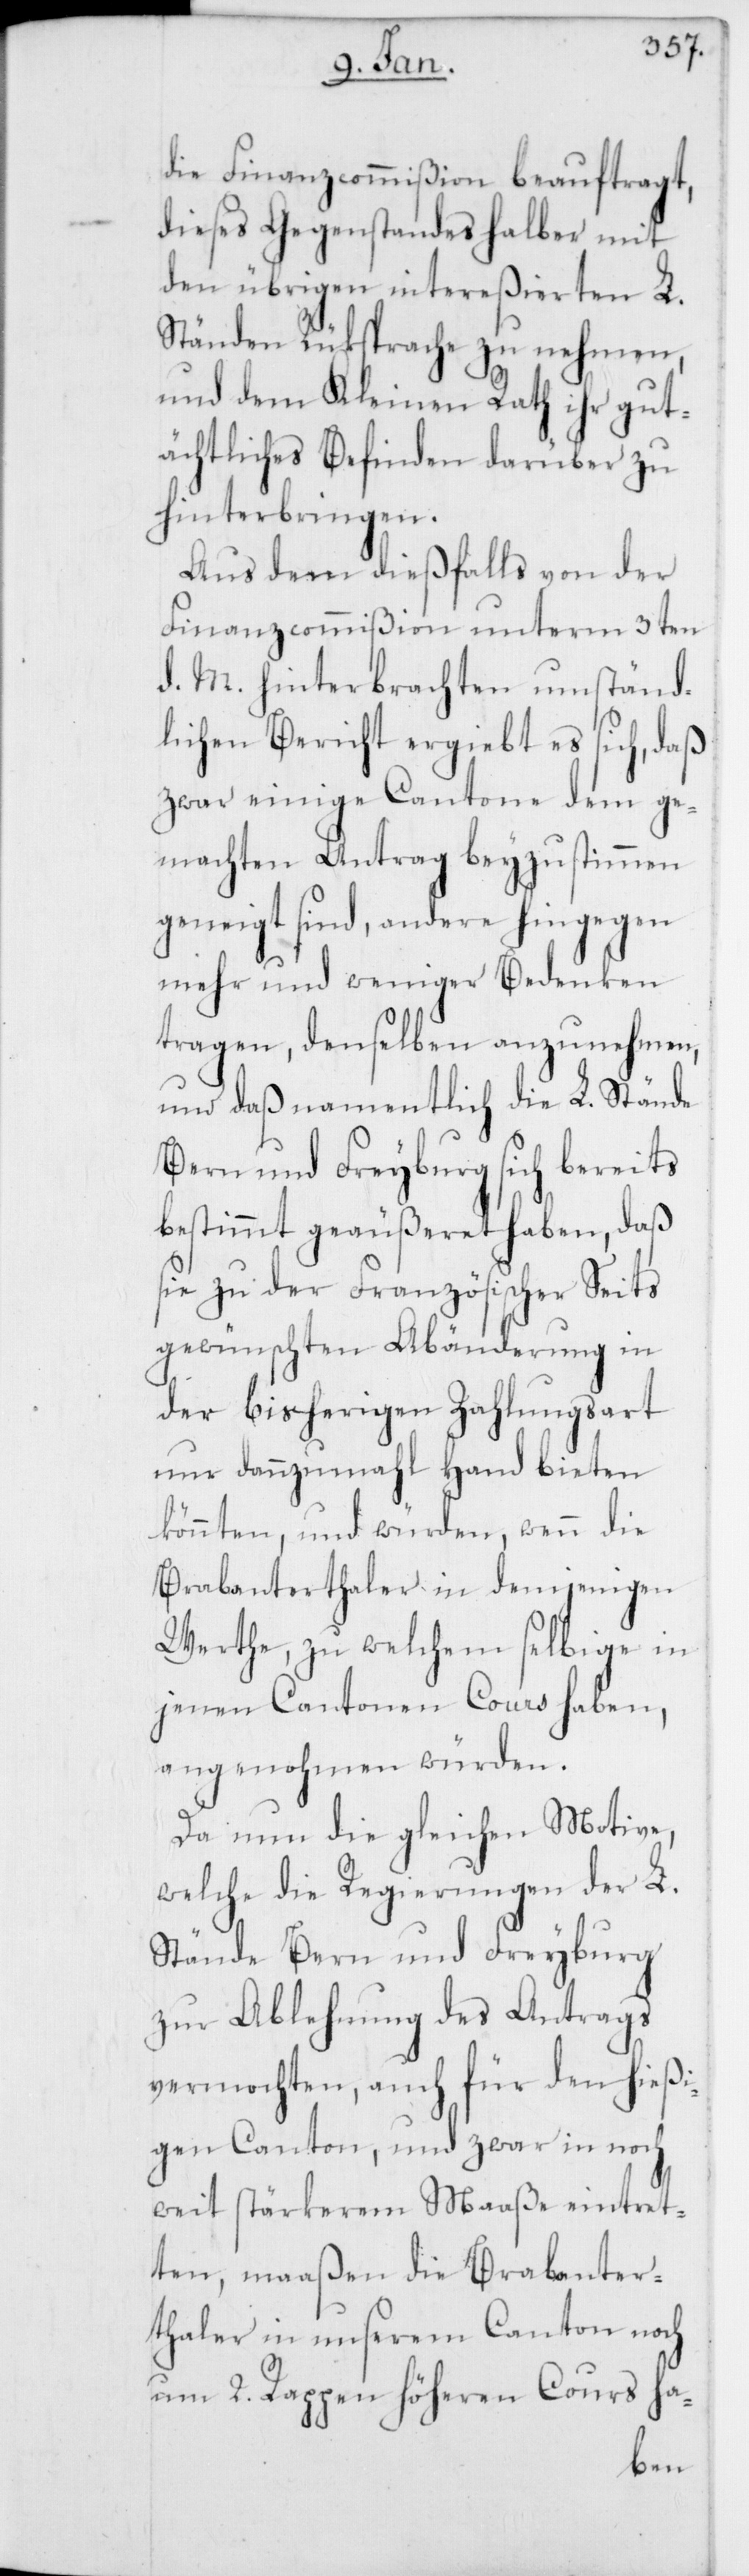
die Finanzcommißion beauftragt,
dieses Gegenstandes halber mit
den übrigen intereßierten L.
Ständen Rüksprache zu nehmen,
und dem Kleinen Rath ihr gut¬
ächtliches Befinden darüber zu
hinterbringen.
Aus dem dießfalls von der
Finanzcommißion unterm 3ten
d. M. hinterbrachten umständ¬
lichen Bericht ergiebt es sich, daß
zwar einige Cantone dem ge¬
machten Antrag beyzustimmen
geneigt sind, andere hingegen
mehr und weniger Bedenken
tragen, denselben anzunehmen,
und daß namentlich die L. Stände
Bern und Freyburg sich bereits
bestimmt geäußeret haben, daß
sie zu der Französischer Seits
gewünschten Abänderung in
der bisherigen Zahlungsart
nur dannzumahl Hand bieten
könnten, und würden, wenn die
Brabanterthaler in demjenigen
Werthe, zu welchem selbige in
jenen Cantonen Cours haben,
angenohmen würden.
Da nun die gleichen Motive,
welche die Regierungen der L.
Stände Bern und Freyburg
zur Ablehnung des Antrags
vermochten, auch für den hießi¬
gen Canton, und zwar in noch
weit stärkerem Maaße eintret¬
ten, maaßen die Brabanter¬
thaler in unserem Canton noch
um 2. Rappen höheren Cours ha-